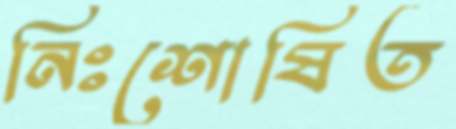
নিঃশোষিত